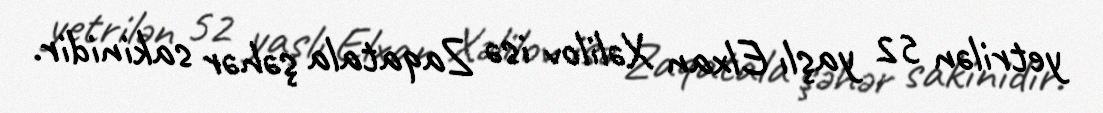
yetrilən 52 yaşlı Elxan Xəlilov isə Zaqatala şəhər sakinidir.